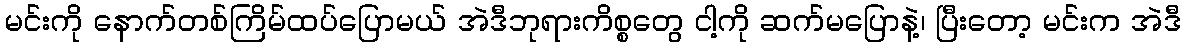
မင်းကို နောက်တစ်ကြိမ်ထပ်ပြောမယ် အဲဒီဘုရားကိစ္စတွေ ငါ့ကို ဆက်မပြောနဲ့၊ ပြီးတော့ မင်းက အဲဒီ